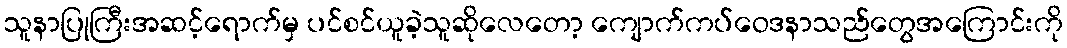
သူနာပြုကြီးအဆင့်ရောက်မှ ပင်စင်ယူခဲ့သူဆိုလေတော့ ကျောက်ကပ်ဝေဒနာသည်တွေအကြောင်းကို